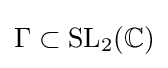
\Gamma \subset {\text{SL}}_{2}(\mathbb {C} )